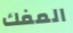
المفك